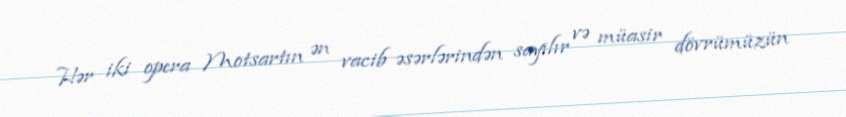
Hər iki opera Motsartın ən vacib əsərlərindən sayılır və müasir dövrümüzün